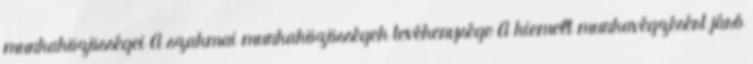
munkaközösségei A szakmai munkaközösségek tevékenysége A kiemelt munkavégzésért járó